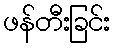
ဖန်တီးခြင်း